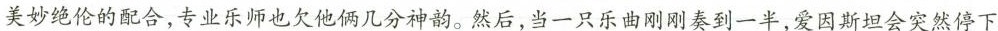
美妙绝伦的配合，专业乐师也欠他俩几分神韵。然后，当一只乐曲刚刚奏到一半，爱因斯坦会突然停下